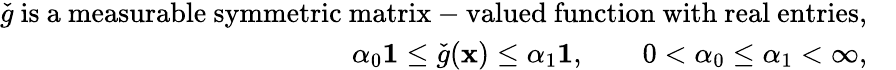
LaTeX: \begin{array}{rl}{\check{g}\mathrm{~is~a~measurable~symmetric~matrix-valued~function~with~real~entries,}}&{}\\ {\alpha_{0}\mathbf{1}\le\check{g}(\mathbf{x})\le\alpha_{1}\mathbf{1},\qquad 0<\alpha_{0}\le\alpha_{1}<\infty,}&{}\end{array}